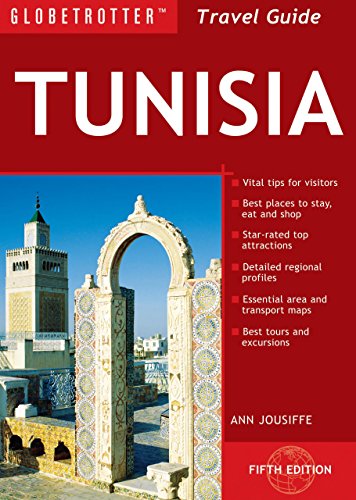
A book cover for Tunisia Travel Pack (Globetrotter Travel Packs); Ann Jousiffe; Travel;